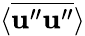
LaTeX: \langle{\overline{{{\mathbf{u}}^{\prime\prime}{\mathbf{u}}^{\prime\prime}}}}\rangle